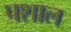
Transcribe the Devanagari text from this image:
पशाल